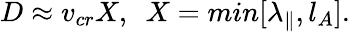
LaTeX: D\approx v_{cr}X,~~X=min[\lambda_{\| },l_{A}].